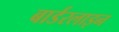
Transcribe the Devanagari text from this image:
बार्डरलाइन